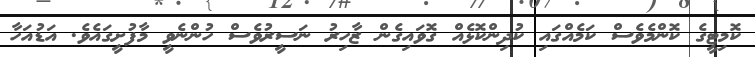
ކޮމިޓީގެ ކޮންމެވެސް ކަމެއްގައި ކުދިންކޮޅެއް ގޮވައިގެން ޒާހިރު ނަސީރުވެސް ހުންނެވީ މާފުށީގައެވެ. އަޑުއަހާ